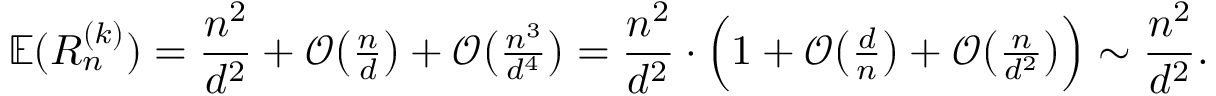
\mathbb { E } ( R _ { n } ^ { ( k ) } ) = \frac { n ^ { 2 } } { d ^ { 2 } } + \mathcal { O } \big ( { \textstyle { \frac { n } { d } } } \big ) + \mathcal { O } \big ( { \textstyle { \frac { n ^ { 3 } } { d ^ { 4 } } } } \big ) = \frac { n ^ { 2 } } { d ^ { 2 } } \cdot \Big ( 1 + \mathcal { O } \big ( { \textstyle { \frac { d } { n } } } \big ) + \mathcal { O } \big ( { \textstyle { \frac { n } { d ^ { 2 } } } } \big ) \Big ) \sim \frac { n ^ { 2 } } { d ^ { 2 } } .